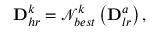
\mathbf { D } _ { h r } ^ { k } = \mathcal { N } _ { b e s t } ^ { k } \left( \mathbf { D } _ { l r } ^ { a } \right) ,